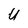
Character: U